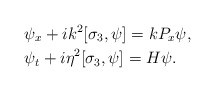
\begin{align*}&\psi_x+ik^2[\sigma_3,\psi]=kP_x\psi,\\&\psi_t+i\eta^2[\sigma_3,\psi]=H\psi.\end{align*}